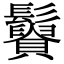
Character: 𩯿